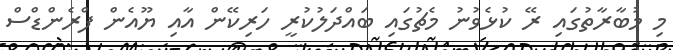
މި މުބާރާތުގައި ރޭ ކުޅެވުނު މެޗުގައި ބައްދަލުކުރީ ހަރިކޭން އާއި ޔޫއެން ފްރެންޑްސް